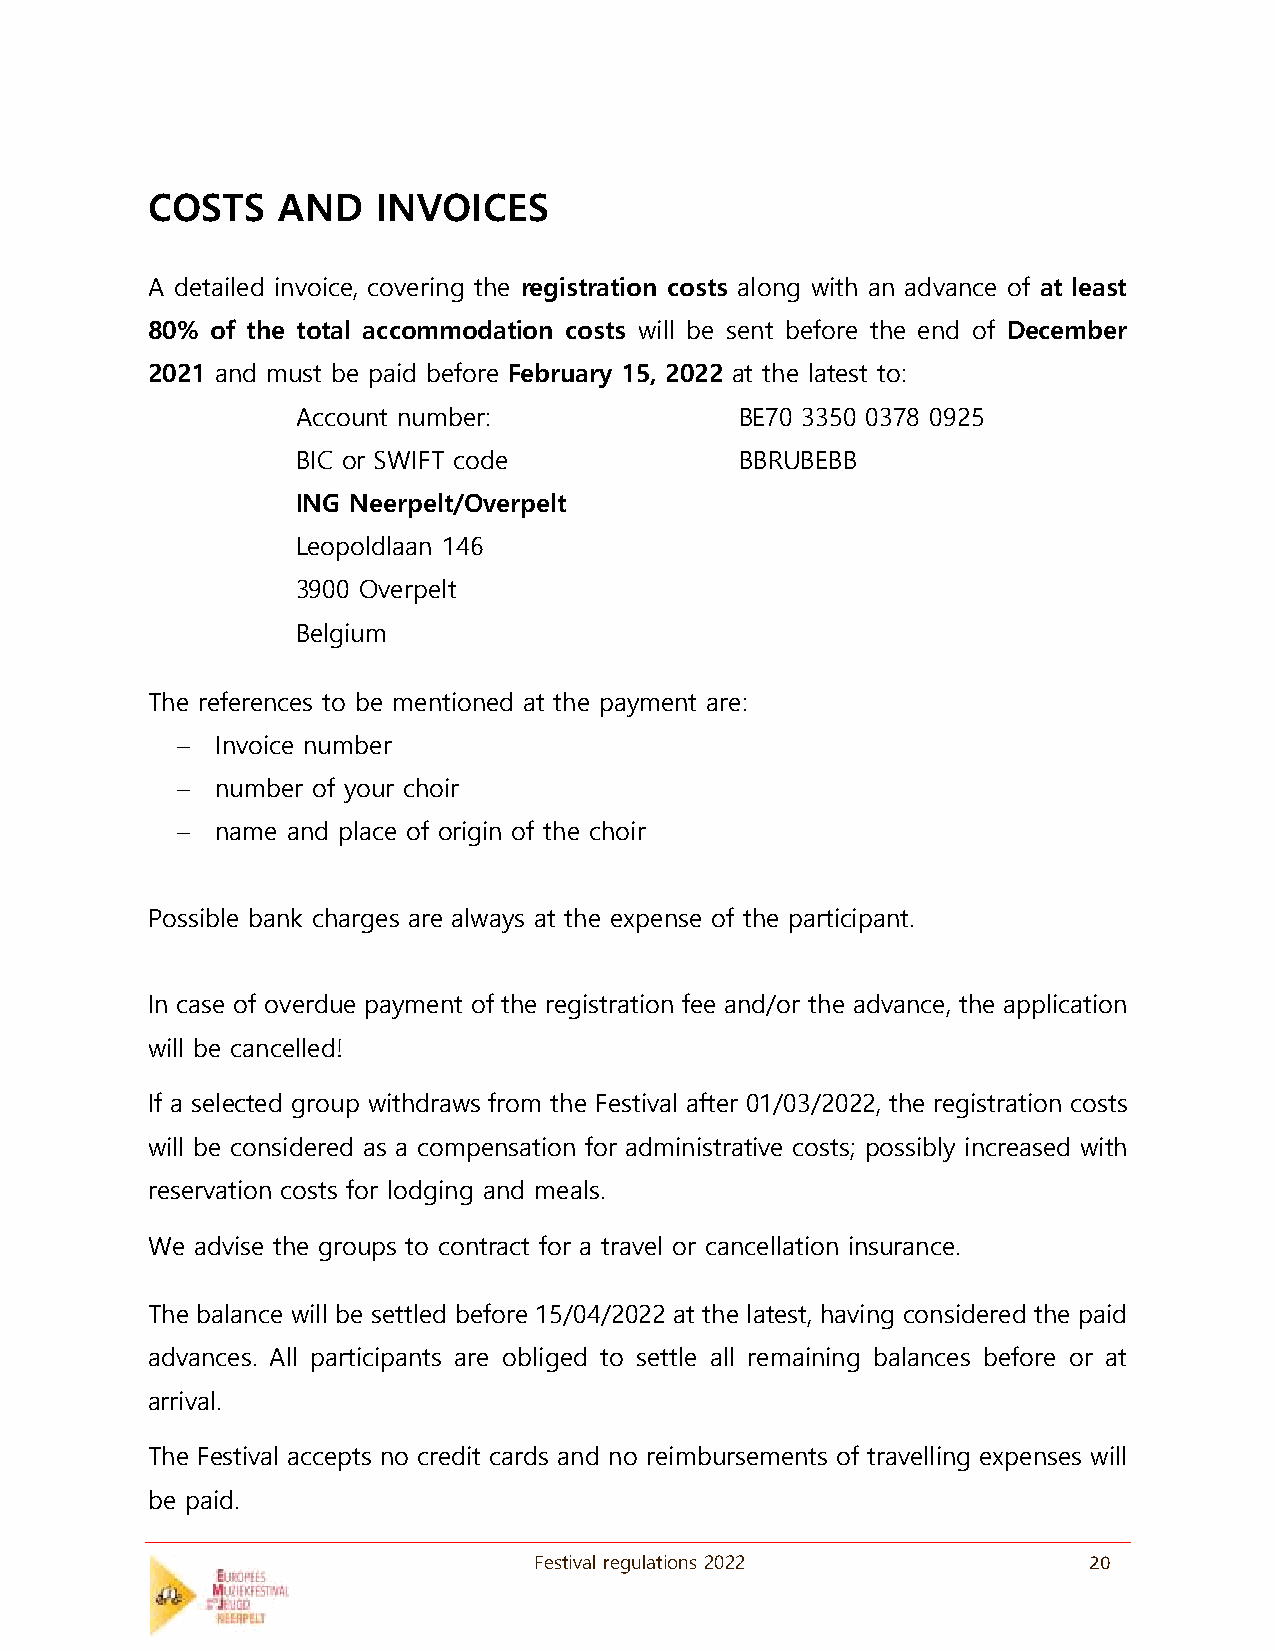
COSTS   AND    INVOICES
 A detailed invoice, covering the registration costs along with an advance of at least
 80% of the total accommodation costs will be sent before the end of December
 2021 and must be paid before February 15, 2022 at the latest to:
 Account number:              BE70 3350 0378 0925
 BIC or SWIFT code            BBRUBEBB
 ING Neerpelt/Overpelt
 Leopoldlaan 146
 3900 Overpelt
 Belgium
 The references to be mentioned at the payment are:
 − Invoice number
 − number of your choir
 − name and place of origin of the choir
 Possible bank charges are always at the expense of the participant.
 In case of overdue payment of the registration fee and/or the advance, the application
 will be cancelled!
 If a selected group withdraws from the Festival after 01/03/2022, the registration costs
 will be considered as a compensation for administrative costs; possibly increased with
 reservation costs for lodging and meals.
 We advise the groups to contract for a travel or cancellation insurance.
 The balance will be settled before 15/04/2022 at the latest, having considered the paid
 advances. All participants are obliged to settle all remaining balances before or at
 arrival.
 The Festival accepts no credit cards and no reimbursements of travelling expenses will
 be paid.
 Festival regulations 2022            20